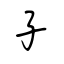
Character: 子